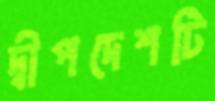
দ্বীপদেশটি